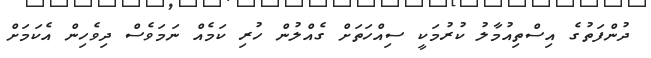
ދުންފަތުގެ އިސްތިއުމާލު ކުރުމަކީ ސިއްހަތަށް ގެއްލުން ހުރި ކަމެއް ނަމަވެސް ދިވެހިން އެކަމަށް